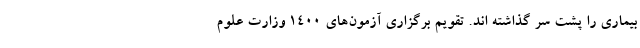
بیماری را پشت سر گذاشته اند. تقویم برگزاری آزمون‌های ۱۴۰۰ وزارت علوم